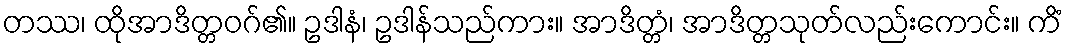
တဿ၊ ထိုအာဒိတ္တဝဂ်၏။ ဥဒါနံ၊ ဥဒါန်သည်ကား။ အာဒိတ္တံ၊ အာဒိတ္တသုတ်လည်းကောင်း။ ကိံ